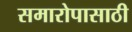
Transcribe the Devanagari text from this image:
समारोपासाठी